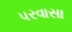
પરવાસા